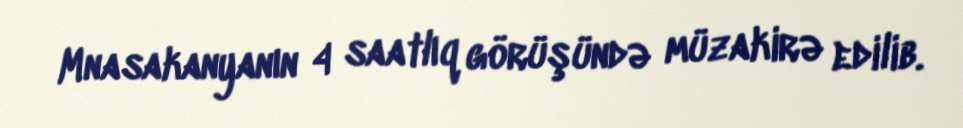
Mnasakanyanın 4 saatlıq görüşündə müzakirə edilib.